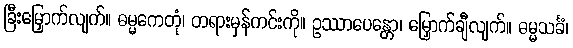
ခြီးမြှောက်လျက်။ ဓမ္မကေတုံ၊ တရားမှန်ကင်းကို။ ဥဿာပေန္တော၊ မြှောက်ချီလျက်။ ဓမ္မသင်္ခံ၊